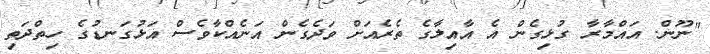
"ނޫން. އައްމާރާ ގުޅިގެން އެ އާއިލާގެ ތެރެއަށް ވަދެގެން އަނެއްކާވެސް އަޅުގަނޑުގެ ހިތްދަތި